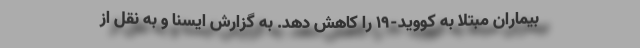
بیماران مبتلا به کووید-۱۹ را کاهش دهد. به گزارش ایسنا و به نقل از